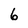
Character: 6